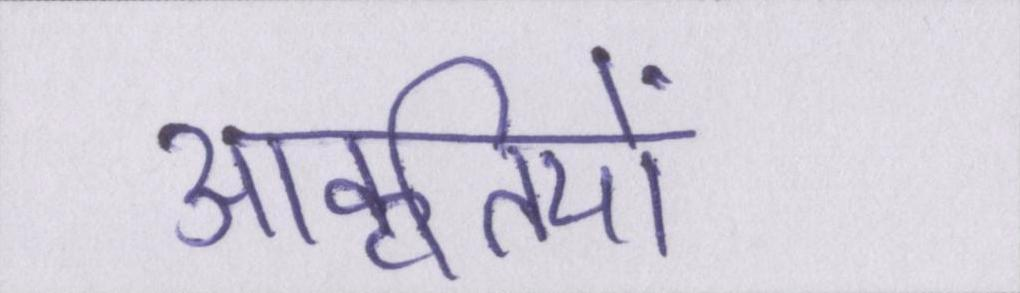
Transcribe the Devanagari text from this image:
आकृतियों